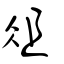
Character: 俎